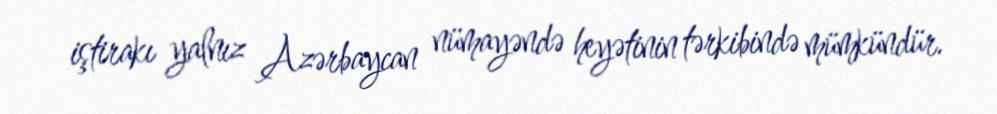
iştirakı yalnız Azərbaycan nümayəndə heyətinin tərkibində mümkündür.